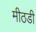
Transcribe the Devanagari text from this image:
मीठडी